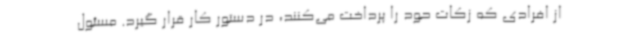
از افرادی که زکات حود را پرداخت می‌کنند، در دستور کار قرار گیرد. مسئول